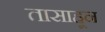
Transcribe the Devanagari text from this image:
तासाहून